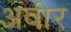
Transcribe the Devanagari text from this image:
अवीर